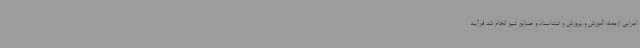
اجرایی ازجمله آموزش و پرورش و ثبت‌اسناد و صنایع شیر انجام شد فرآیند